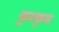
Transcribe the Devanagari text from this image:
कुम्कुम